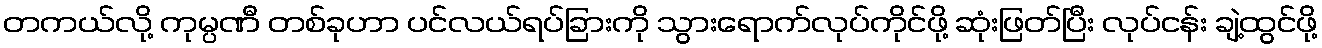
တကယ်လို့ ကုမ္ပဏီ တစ်ခုဟာ ပင်လယ်ရပ်ခြားကို သွားရောက်လုပ်ကိုင်ဖို့ ဆုံးဖြတ်ပြီး လုပ်ငန်း ချဲ့ထွင်ဖို့